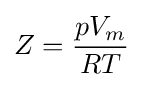
Z={\frac {pV_{m}}{RT}}